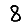
Digit: 8